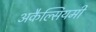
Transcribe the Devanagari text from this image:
अकैल्सियमी